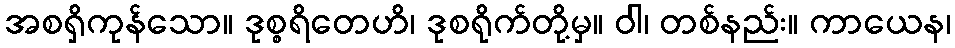
အစရှိကုန်သော။ ဒုစ္စရိတေဟိ၊ ဒုစရိုက်တို့မှ။ ဝါ၊ တစ်နည်း။ ကာယေန၊